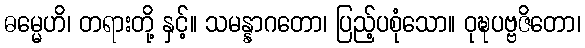
ဓမ္မေဟိ၊ တရားတို့ နှင့်။ သမန္နာဂတော၊ ပြည့်ပစုံသော။ ဝုဍ္ဎပဗ္ဗဇိတော၊